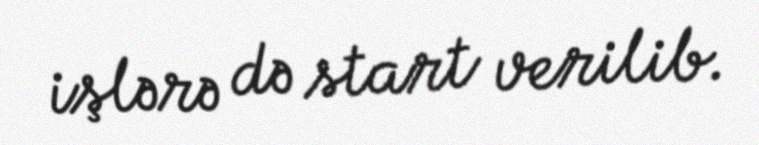
işlərə də start verilib.